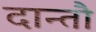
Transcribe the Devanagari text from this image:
दान्तौ